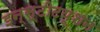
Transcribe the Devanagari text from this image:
इन्स्टीटयूशन